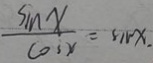
\frac { \sin x } { \cos x } = \sin x .